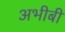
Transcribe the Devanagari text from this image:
अभीबी